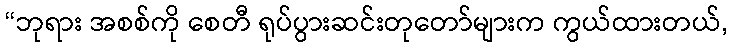
“ဘုရား အစစ်ကို စေတီ ရုပ်ပွားဆင်းတုတော်များက ကွယ်ထားတယ်,